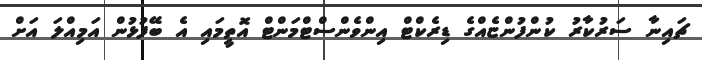
ޗައިނާ ސަރުކާރު ކުންފުންޏެއްގެ ޑިރެކްޓް އިންވެންސްޓްމަންޓް އޮތީމައި އެ ބޭފުޅުން އަމިއްލަ އަށް